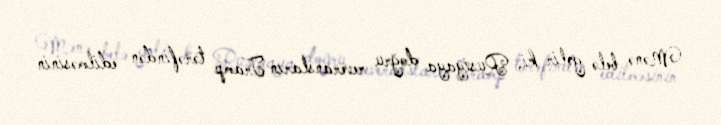
Mənə belə gəlir ki, Rusiyaya doğru reveransların Tramp tərəfindən edilməsinin